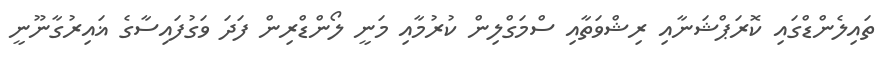
ތައިލެންޑްގައި ކޮރަޕްޝަނާއި ރިޝްވަތާއި ސްމަގްލިން ކުރުމާއި މަނީ ލޯންޑްރިން ފަދަ ވަގުފައިސާގެ ޣައިރުގާނޫނީ